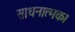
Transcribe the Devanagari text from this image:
साधनात्मक।